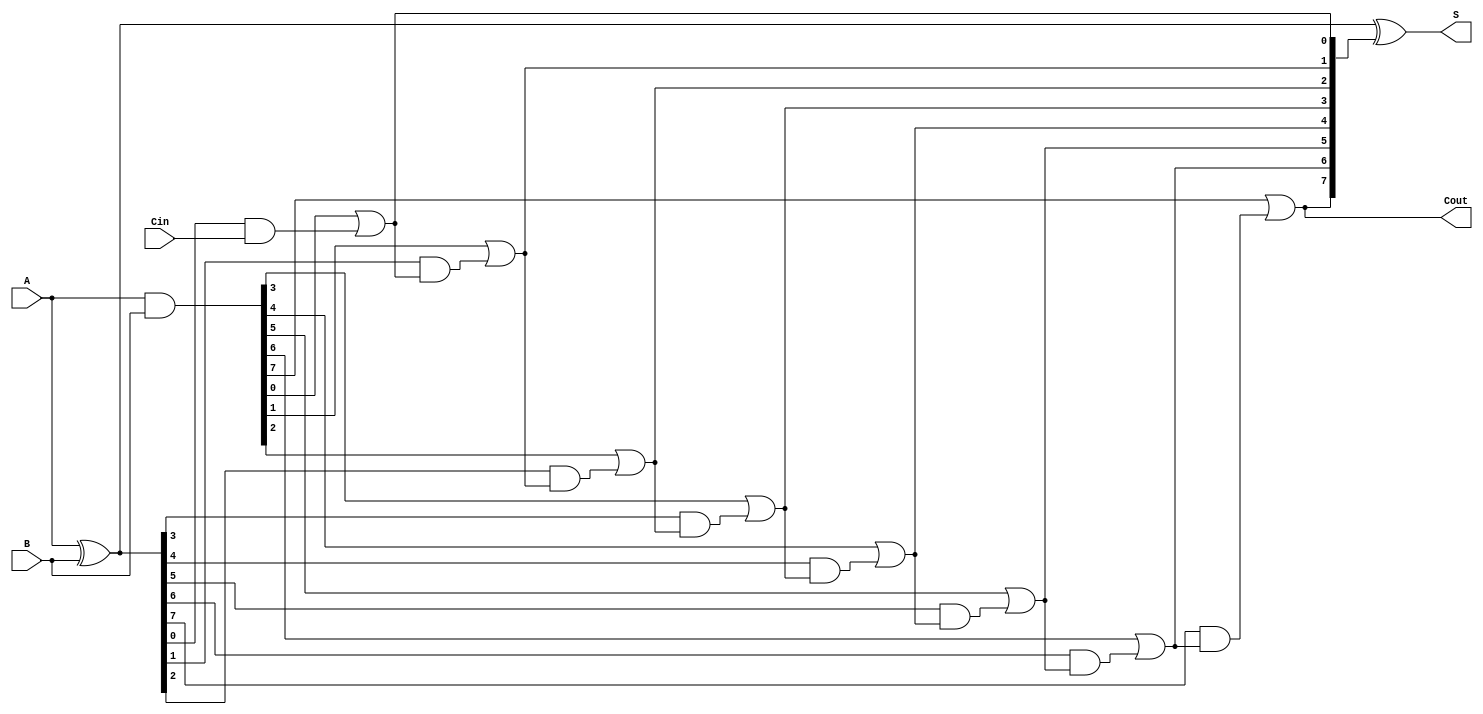
module han_carlson_adder #(
    parameter N = 8  // Parameter for the bit-width of the adder
)(
    input  [N-1:0] A,     // First operand
    input  [N-1:0] B,     // Second operand
    input         Cin,     // Carry-in
    output [N-1:0] S,     // Sum output
    output        Cout     // Carry-out
);
    wire [N-1:0] G;       // Generate signals
    wire [N-1:0] P;       // Propagate signals
    wire [N:0] C;         // Carry signals

    // Generate and Propagate signals
    assign G = A & B;              // Gi = A[i] AND B[i]
    assign P = A ^ B;              // Pi = A[i] XOR B[i]

    // Carry calculation
    assign C[0] = Cin;             // Initial carry-in
    genvar i;
    generate
        for (i = 0; i < N; i = i + 1) begin : carry_calc
            assign C[i + 1] = G[i] | (P[i] & C[i]); // Ci+1 = Gi + (Pi AND Ci)
        end
    endgenerate

    // Sum calculation
    assign S = P ^ C[N:1];         // S[i] = Pi XOR Ci

    // Carry-out
    assign Cout = C[N];            // Cout = CN

endmodule